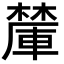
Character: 𪳽